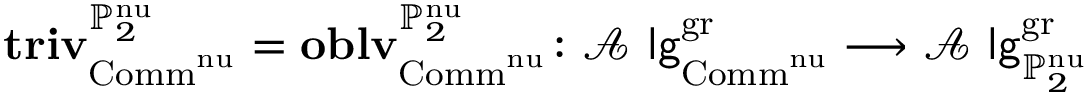
\mathbf { t r i v } _ { \mathrm { C o m m } ^ { \mathrm { n u } } } ^ { \mathbb { P } _ { 2 } ^ { \mathrm { n u } } } = \mathbf { o b l v } _ { \mathrm { C o m m } ^ { \mathrm { n u } } } ^ { \mathbb { P } _ { 2 } ^ { \mathrm { n u } } } \colon \mathcal { A } \mathrm { \sf ~ l g } _ { \mathrm { C o m m } ^ { \mathrm { n u } } } ^ { \mathrm { g r } } \longrightarrow \mathcal { A } \mathrm { \sf ~ l g } _ { \mathbb { P } _ { 2 } ^ { \mathrm { n u } } } ^ { \mathrm { g r } }